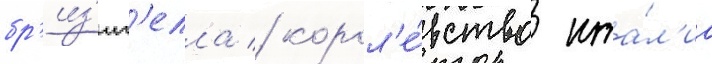
бр'из'иг'елла / корол'е́вство ита́л'иа